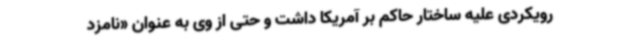
رویکردی علیه ساختار حاکم بر آمریکا داشت و حتی از وی به عنوان «نامزد